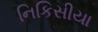
નિકિસીયા